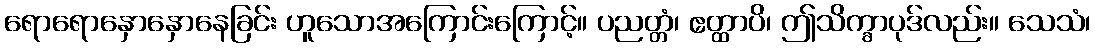
ရောရောနှောနှောနေခြင်း ဟူသောအကြောင်းကြောင့်။ ပညတ္တံ၊ ဧတ္ထာပိ၊ ဤသိက္ခာပုဒ်လည်း။ သေသံ၊